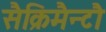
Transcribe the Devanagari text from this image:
सैक्रिमैन्टौ